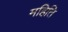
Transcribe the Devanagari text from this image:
महिति